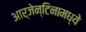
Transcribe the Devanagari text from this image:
आर्जेन्टिनामध्ये